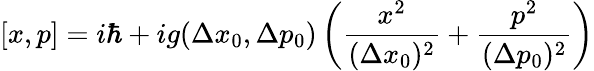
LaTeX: [x,p]=i\hbar+ig(\Delta x_{0},\Delta p_{0})\left(\frac{x^{2}}{(\Delta x_{0})^{2}}+\frac{p^{2}}{(\Delta p_{0})^{2}}\right)